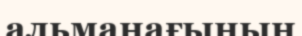
альманағының